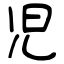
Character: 児